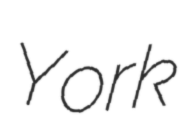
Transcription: York